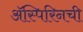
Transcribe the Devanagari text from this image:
ॲस्पिरिनची